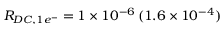
R _ { D C , 1 e ^ { - } } = 1 \times 1 0 ^ { - 6 } \, ( 1 . 6 \times 1 0 ^ { - 4 } )